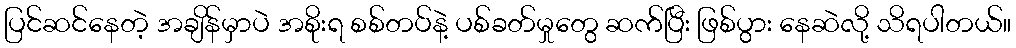
ပြင်ဆင်နေတဲ့ အချိန်မှာပဲ အစိုးရ စစ်တပ်နဲ့ ပစ်ခတ်မှုတွေ ဆက်ပြီး ဖြစ်ပွား နေဆဲလို့ သိရပါတယ်။